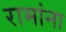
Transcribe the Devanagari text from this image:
रामांना